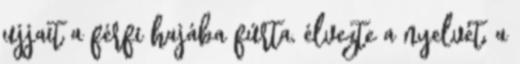
ujjait a férfi hajába fúrta, élvezte a nyelvét, a